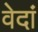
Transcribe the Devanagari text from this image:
वेदां